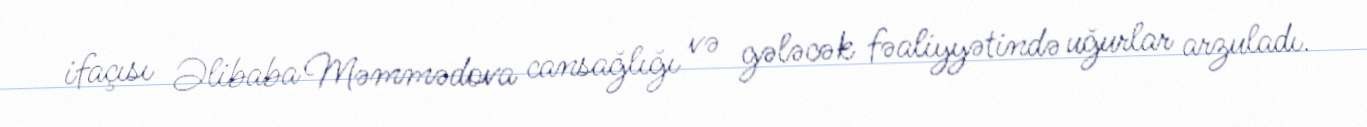
ifaçısı Əlibaba Məmmədova cansağlığı və gələcək fəaliyyətində uğurlar arzuladı.